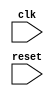


// CBG Orangepath HPR L/S System

// Verilog output file generated at 02/03/2016 16:08:51
// Kiwi Scientific Acceleration (KiwiC .net/CIL/C# to Verilog/SystemC compiler): Version alpha 2.03: 28-Feb-2016 Unix 3.19.8.100
//  /home/djg11/d320/hprls/kiwipro/kiwic/distro/lib/kiwic.exe -vnl-roundtrip=disable -report-each-step -kiwic-finish=enable -kiwic-kcode-dump=enable test43.exe -sim 1800 -vnl-resets=synchronous -vnl test43.v -res2-no-dram-ports=0 -vnl-rootmodname=TEST43SLAVE -kiwic-finish=disable -conerefine=disable -kiwic-cil-dump=combined -kiwic-kcode-dump=enable -give-backtrace -report-each-step
`timescale 1ns/10ps


module TEST43SLAVE(input clk, input reset);
  integer tTMT4Main_V_0;
  wire [31:0] ktop12;
  reg [31:0] KiKiwi_old_pausemode_value;
  wire [31:0] ktop10;
  integer mpc10;
  reg [1:0] xpc10nz;
 always   @(posedge clk )  begin 
      //Start structure HPR test43.exe
      if (reset)  begin 
               KiKiwi_old_pausemode_value <= 32'd0;
               tTMT4Main_V_0 <= 32'd0;
               xpc10nz <= 2'd0;
               end 
               else  begin 
              
              case (xpc10nz)
                  0/*0:US*/:  begin 
                      $display("test43 start");
                       KiKiwi_old_pausemode_value <= 32'd2;
                       tTMT4Main_V_0 <= 32'd1;
                       xpc10nz <= 2'd2/*2:xpc10nz*/;
                       end 
                      
                  1'd1/*1:US*/:  begin 
                      $display("The value of the integer: %1d", tTMT4Main_V_0);
                       tTMT4Main_V_0 <= 32'd1001*tTMT4Main_V_0;
                       xpc10nz <= 2'd2/*2:xpc10nz*/;
                       end 
                      endcase
              if ((xpc10nz==2'd2/*2:US*/))  xpc10nz <= 1'd1/*1:xpc10nz*/;
                   end 
              //End structure HPR test43.exe


       end 
      

// 1 vectors of width 2
// 1 vectors of width 32
// 32 bits in scalar variables
// Total state bits in module = 66 bits.
// 96 continuously assigned (wire/non-state) bits 
// Total number of leaf cells = 0
endmodule

// 
/*

// res3: Thread=xpc10 state=X1:"1:xpc10:1"
*-----+-----+---------+-------*
| npc | eno | Phaser  | Work  |
*-----+-----+---------+-------*
| 2   | -   | R0 CTRL |       |
| 2   | 902 | R0 DATA |       |
| 2   | 902 | W0 DATA | EXEC  |
*-----+-----+---------+-------*

// res3: Thread=xpc10 state=X2:"2:xpc10:2"
*-----+-----+---------+----------------------------------------------------------------------------------------------*
| npc | eno | Phaser  | Work                                                                                         |
*-----+-----+---------+----------------------------------------------------------------------------------------------*
| 1   | -   | R0 CTRL |                                                                                              |
| 1   | 901 | R0 DATA |                                                                                              |
| 1   | 901 | W0 DATA | EXEC ;tTMT4Main_V_0 te=1-te-1 scalarw args=C(1001*tTMT4Main_V_0) W/P:The value of the int... |
*-----+-----+---------+----------------------------------------------------------------------------------------------*

// res3: Thread=xpc10 state=X0:"0:xpc10:start0"
*-----+-----+---------+-------------------------------------------------------------------------------------------------------------------------------------*
| npc | eno | Phaser  | Work                                                                                                                                |
*-----+-----+---------+-------------------------------------------------------------------------------------------------------------------------------------*
| 0   | -   | R0 CTRL |                                                                                                                                     |
| 0   | 900 | R0 DATA |                                                                                                                                     |
| 0   | 900 | W0 DATA | EXEC ;tTMT4Main_V_0 te=0-te-0 scalarw args=C(1);KiKiwi_old_pausemode_value te=0-te-0 scalarw args=Cu(2) W/P:GSAI:hpr_writeln:$$A... |
*-----+-----+---------+-------------------------------------------------------------------------------------------------------------------------------------*

// Restructure Technology Settings
*------------------------+---------+---------------------------------------------------------------------------------*
| Key                    | Value   | Description                                                                     |
*------------------------+---------+---------------------------------------------------------------------------------*
| int_flr_mul            | 16000   |                                                                                 |
| fp_fl_dp_div           | 5       |                                                                                 |
| fp_fl_dp_add           | 5       |                                                                                 |
| fp_fl_dp_mul           | 5       |                                                                                 |
| fp_fl_sp_div           | 5       |                                                                                 |
| fp_fl_sp_add           | 5       |                                                                                 |
| fp_fl_sp_mul           | 5       |                                                                                 |
| max_no_fp_muls         | 6       | Maximum number of adders and subtractors (or combos) to instantiate per thread. |
| max_no_fp_muls         | 6       | Maximum number of f/p dividers to instantiate per thread.                       |
| max_no_int_muls        | 3       | Maximum number of int multipliers to instantiate per thread.                    |
| max_no_fp_divs         | 2       | Maximum number of f/p dividers to instantiate per thread.                       |
| max_no_int_divs        | 2       | Maximum number of int dividers to instantiate per thread.                       |
| res2-offchip-threshold | 1000000 |                                                                                 |
| res2-combram-threshold | 32      |                                                                                 |
| res2-regfile-threshold | 8       |                                                                                 |
*------------------------+---------+---------------------------------------------------------------------------------*

// Offchip Memory Physical Ports/Banks = Nothing to Report

// */

//  
// LCP delay estimations included: turn off with -vnl-lcp-delay-estimate=disable
// eof (HPR L/S Verilog)